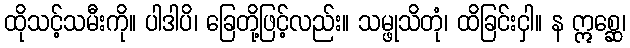
ထိုသင့်သမီးကို။ ပါဒါပိ၊ ခြေတို့ဖြင့်လည်း။ သမ္ဖုသိတုံ၊ ထိခြင်းငှါ။ န ဣစ္ဆေ၊